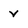
Character: v